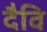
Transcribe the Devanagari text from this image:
दैवि